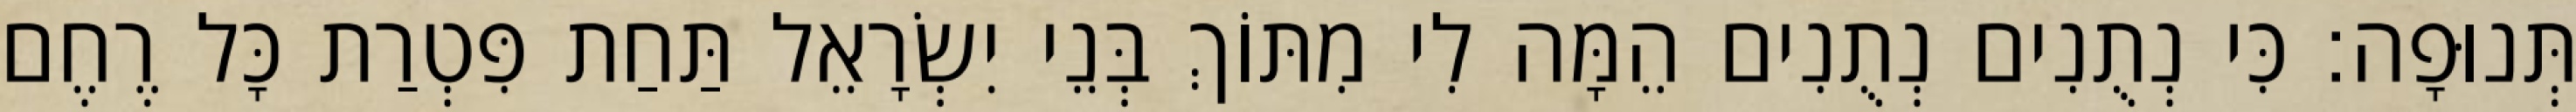
תְּנוּפָה׃ כִּי נְתֻנִים נְתֻנִים הֵמָּה לִי מִתּוֹךְ בְּנֵי יִשְׂרָאֵל תַּחַת פִּטְרַת כָּל רֶחֶם